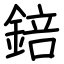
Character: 錇